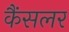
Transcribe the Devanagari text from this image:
कैंसलर